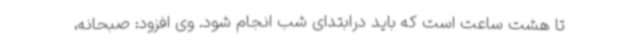
تا هشت ساعت است که باید درابتدای شب انجام شود. وی افزود: صبحانه،